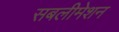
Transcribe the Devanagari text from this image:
सबलीमेशन